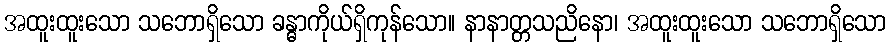
အထူးထူးသော သဘောရှိသော ခန္ဓာကိုယ်ရှိကုန်သော။ နာနာတ္တသညိနော၊ အထူးထူးသော သဘောရှိသော